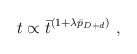
\begin{align*}t \propto \bar{t}^{(1+\lambda \bar{p}_{D+d})} \ ,\end{align*}